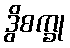
ဒွိစက္ခု